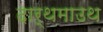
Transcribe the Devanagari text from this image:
दार्थमाउथ